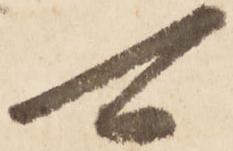
可